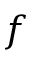
f